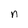
Character: n